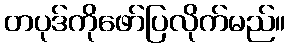
တပုဒ်ကိုဖော်ပြလိုက်မည်။